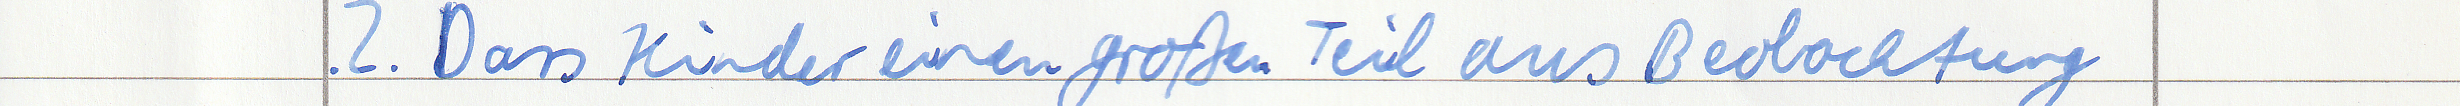
2. Dass Kinder einen großen Teil aus Beobachtung